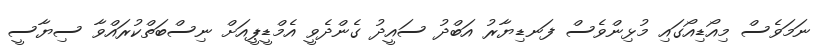
ނަމަވެސް މިއޯޑިއޯގައި މުޅިންވެސް ފަނޑިޔާރު އަބްދު ސައީދު ގެންދެވީ އެމްޑީޕީއަށް ނިސްބަތްކުރައްވާ ސިޔާސީ